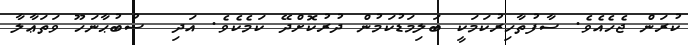
ކުރަން ޖެހެއެވެ. ސާފުތާހިރުކަމަކީ ބަލިމަޑުކަމުން ދުރުކޮށްދޭ ކަމެކެވެ. އަދި  ސުބުޙާނަހޫ ވަތަޢާލާ